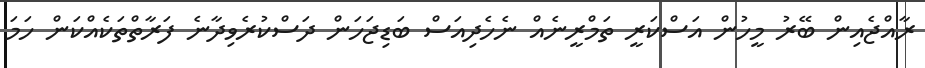
ރާއްޖެއިން ބޭރު މީހުން އަސްކަރީ ތަމްރީނެއް ނެހެދިއަސް ބަޑިޖަހަން ދަސްކުރެވިދާނެ ފަރާތްތަކެއްކަން ހަމަ